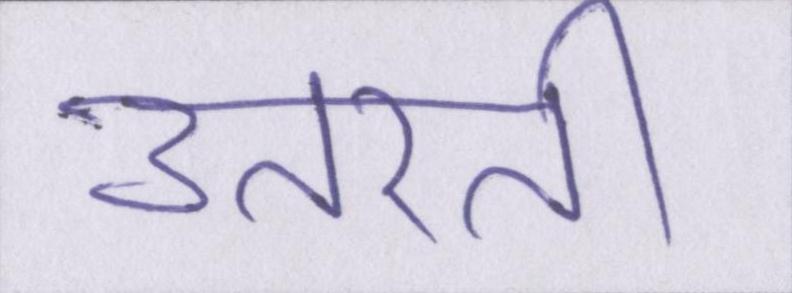
उतरती